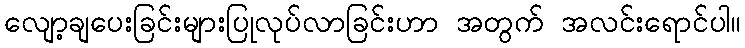
လျော့ချပေးခြင်းများပြုလုပ်လာခြင်းဟာ အတွက် အလင်းရောင်ပါ။